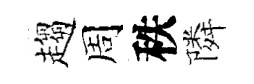
趨周秩隣